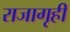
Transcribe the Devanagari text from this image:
राजागृही